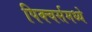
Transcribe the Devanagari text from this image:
पिक्चर्समध्ये